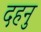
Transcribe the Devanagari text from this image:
दहनु